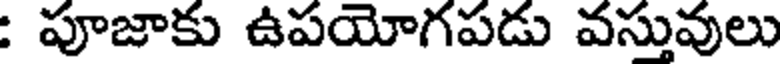
: పూజాకు ఉపయోగపడు వస్తువులు